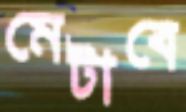
মেটাবে